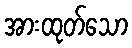
အားထုတ်သော